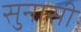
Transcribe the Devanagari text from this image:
सुनासी